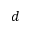
d